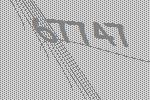
67747